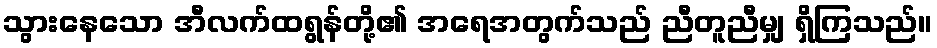
သွားနေသော အီလက်ထရွန်တို့၏ အရေအတွက်သည် ညီတူညီမျှ ရှိကြသည်။